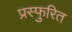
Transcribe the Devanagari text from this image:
प्रस्फुरित